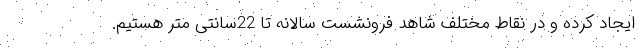
ایجاد کرده و در نقاط مختلف شاهد فرونشست سالانه تا 22سانتی متر هستیم.